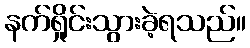
နက်ရှိုင်းသွားခဲ့ရသည်။